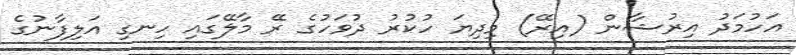
އަހުމަދު އިރުޝާން (އިރޭ) މިދިޔަ ހުކުރު ދުވަހުގެ ރޭ މާލޭގައި ހިނގި އަލިފާނުގެ